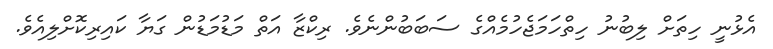
އެޅުނީ ހިތަށް ލިބުނު ހިތްހަމަޖެހުމެއްގެ ސަބަބުންނެވެ. ރިކްޒާ އަތް މަޑުމަޑުން ގަޔާ ކައިރިކޮށްލިއެވެ.